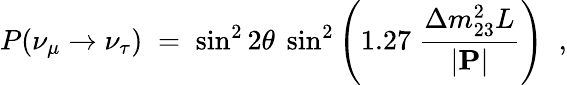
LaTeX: P(\nu_{\mu}\rightarrow\nu_{\tau})\; =\; \sin^{2}2\theta~\sin^{2}\left(1.27~\frac{\Delta m_{23}^{2}L}{|{\mathbf P}|}\right)\; \; ,